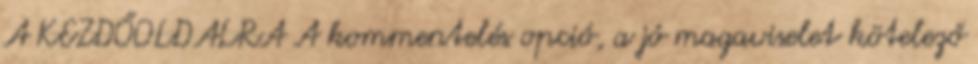
A KEZDŐOLDALRA A kommentelés opció, a jó magaviselet kötelező